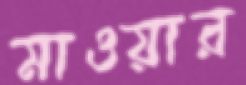
মাওয়ার